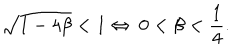
LaTeX: \sqrt { 1 - 4 \beta } < 1 \Leftrightarrow \ 0 < \beta < { \frac { 1 } { 4 } } .